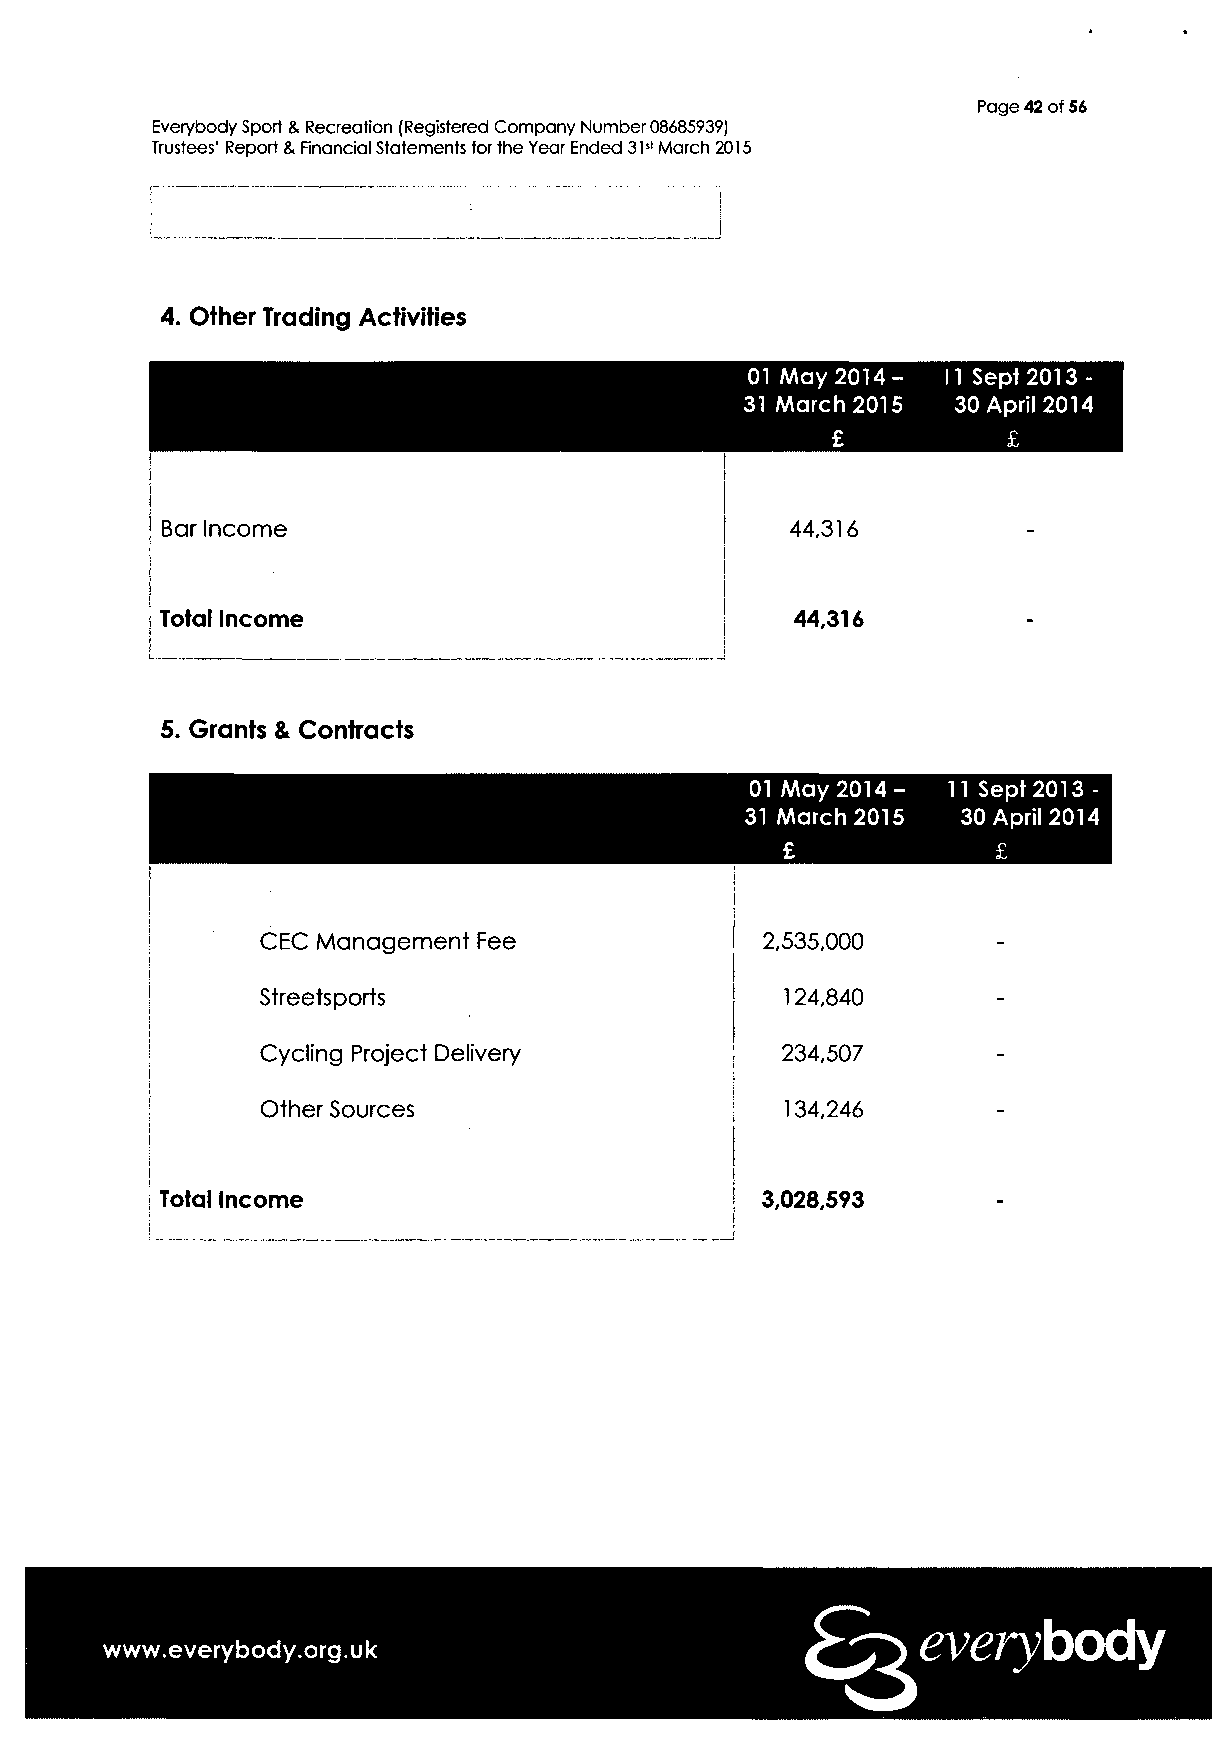
Page 42 of 56
 Everybody Sport & Recreation (Registered Company Number 08685939)
 Trustees' Report & Financial Statements for the Year Ended 31st March 2015
 4. Other Trading Activities
 01 May 2014-  11 Sept 2013 -
 31 March 2015 30 April 2014
 £           £
 Bar Income                               44,316          -
 Total Income                              44,316         -
 5. Grants & Contracts
 01 May 2014- 11 Sept 2013 -
 31 March 2015  30 April 2014
 CEC Management Fee               2,535,000
 Streetsports                       124,840
 Cycling Project Delivery           234,507
 Other Sources                      134,246
 Total Income                           3,028,593
 everybody
 www.everybody.org.uk